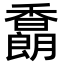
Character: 𩡜